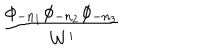
LaTeX: { \frac { \phi _ { - n _ { 1 } } \phi _ { - n _ { 2 } } \phi _ { - n _ { 3 } } } { W ^ { \prime } } }